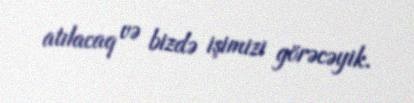
atılacaq və bizdə işimizi görəcəyik.